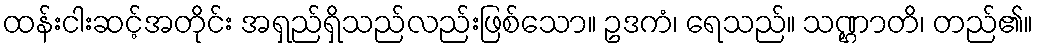
ထန်းငါးဆင့်အတိုင်း အရှည်ရှိသည်လည်းဖြစ်သော။ ဥဒကံ၊ ရေသည်။ သဏ္ဌာတိ၊ တည်၏။